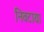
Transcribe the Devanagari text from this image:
निवटाया